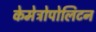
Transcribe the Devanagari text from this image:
केमेट्रोपोलिटन